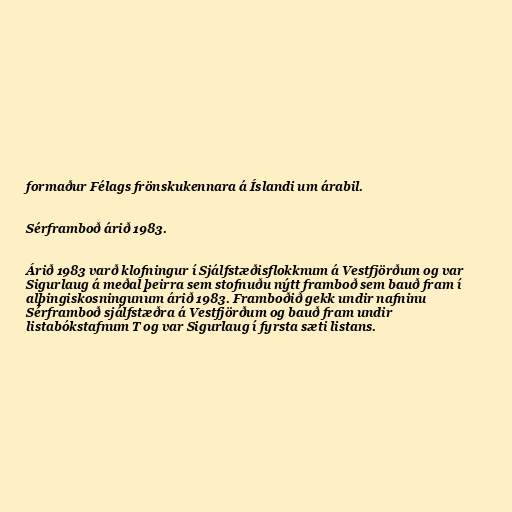
formaður Félags frönskukennara á Íslandi um árabil.

Sérframboð árið 1983.

Árið 1983 varð klofningur í Sjálfstæðisflokknum á Vestfjörðum og var
Sigurlaug á meðal þeirra sem stofnuðu nýtt framboð sem bauð fram í
alþingiskosningunum árið 1983. Framboðið gekk undir nafninu
Sérframboð sjálfstæðra á Vestfjörðum og bauð fram undir
listabókstafnum T og var Sigurlaug í fyrsta sæti listans.